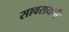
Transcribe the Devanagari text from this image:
सावरायची